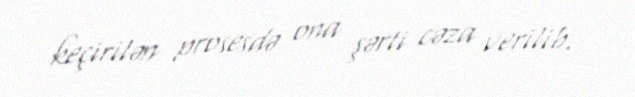
keçirilən prosesdə ona şərti cəza verilib.